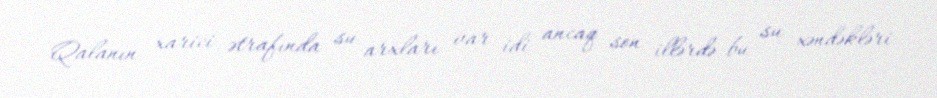
Qalanın xarici ətrafında su arxları var idi ancaq son illərdə bu su xəndəkləri